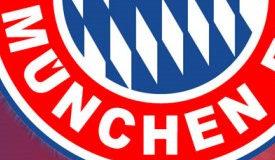
MUNCHEN